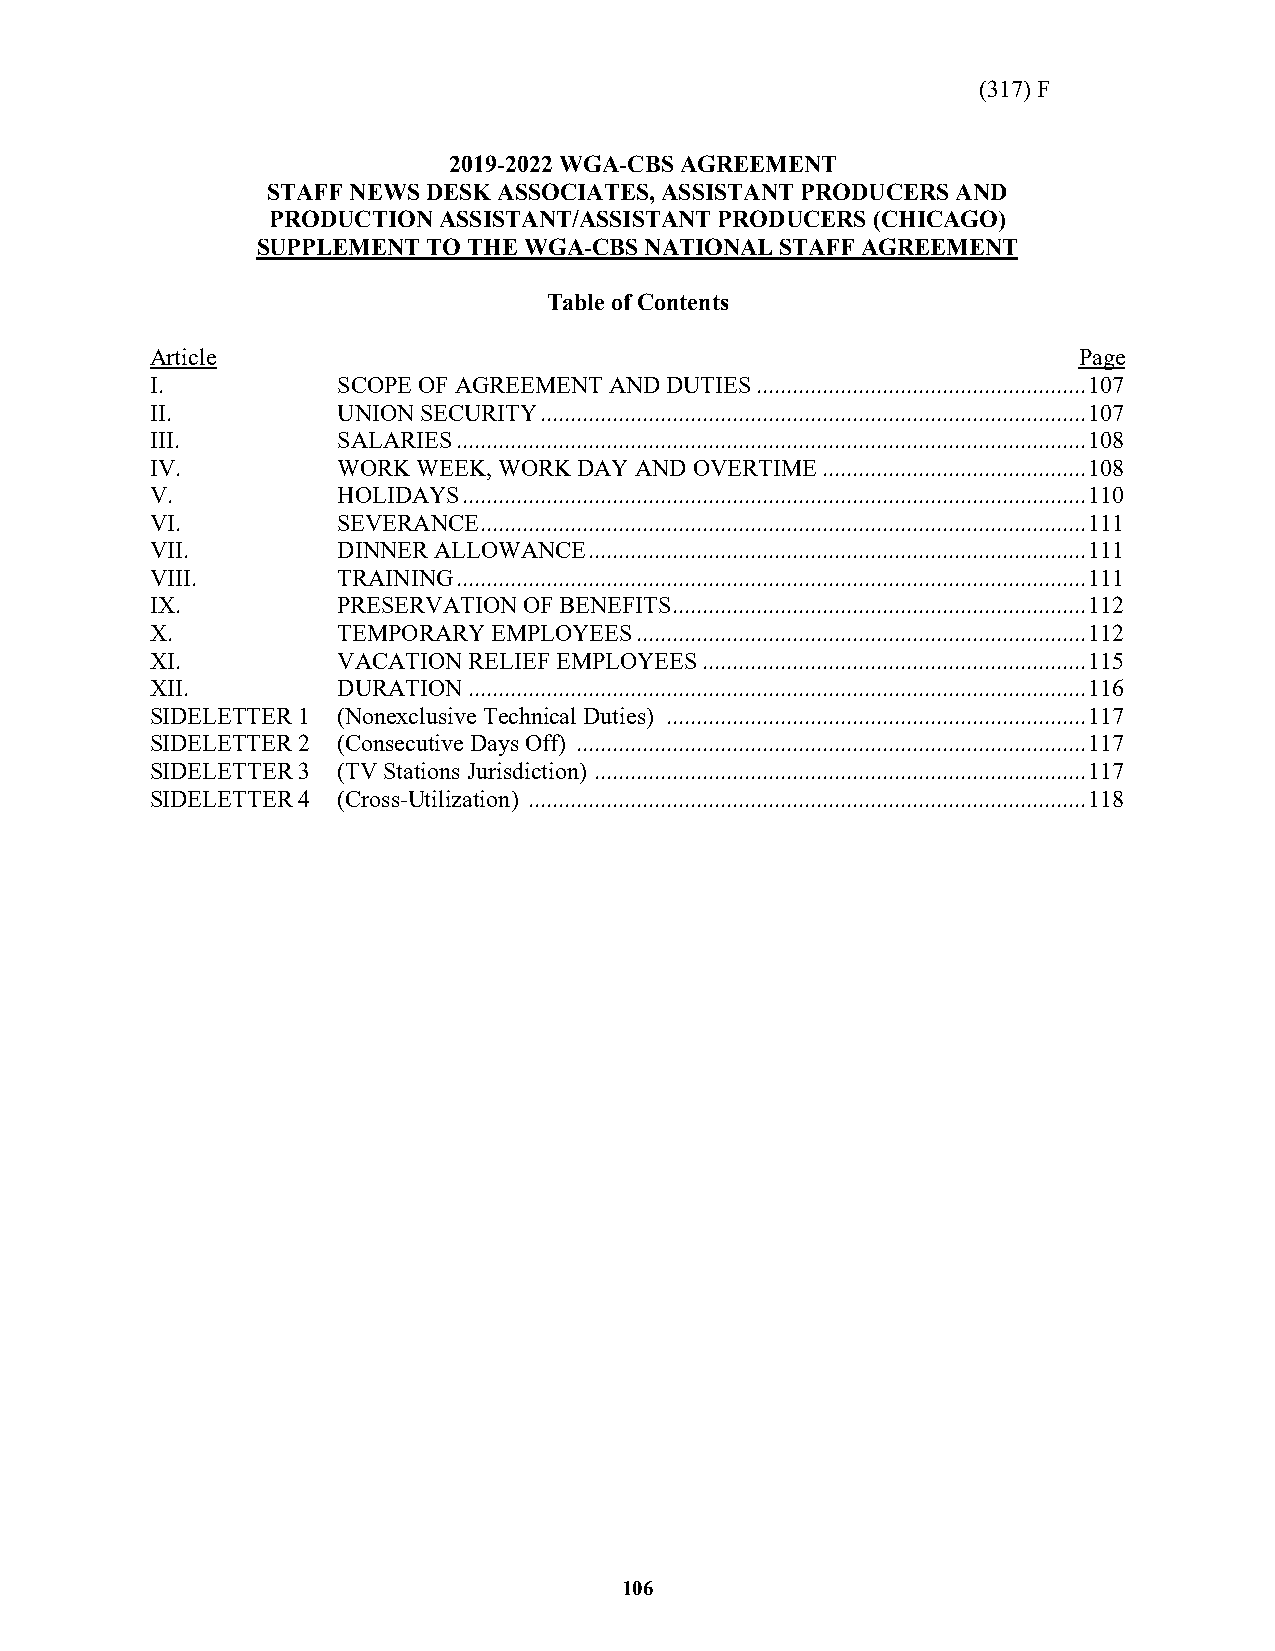
(317) F
 2019-2022 WGA-CBS AGREEMENT
 STAFF NEWS DESK ASSOCIATES, ASSISTANT PRODUCERS AND
 PRODUCTION ASSISTANT/ASSISTANT PRODUCERS (CHICAGO)
 SUPPLEMENT TO THE WGA-CBS NATIONAL STAFF AGREEMENT
 Table of Contents
 Article                                                      Page
 I.          SCOPE OF AGREEMENT AND DUTIES ....................................................... 107
 II.         UNION SECURITY ........................................................................................... 107
 III.        SALARIES ......................................................................................................... 108
 IV.         WORK  WEEK, WORK DAY AND OVERTIME ............................................ 108
 V.          HOLIDAYS ........................................................................................................ 110
 VI.         SEVERANCE ..................................................................................................... 111
 VII.        DINNER ALLOWANCE ................................................................................... 111
 VIII.       TRAINING ......................................................................................................... 111
 IX.         PRESERVATION OF BENEFITS ..................................................................... 112
 X.          TEMPORARY  EMPLOYEES ........................................................................... 112
 XI.         VACATION RELIEF EMPLOYEES ................................................................ 115
 XII.        DURATION ....................................................................................................... 116
 SIDELETTER 1 (Nonexclusive Technical Duties) ...................................................................... 117
 SIDELETTER 2 (Consecutive Days Off) ..................................................................................... 117
 SIDELETTER 3 (TV Stations Jurisdiction) .................................................................................. 117
 SIDELETTER 4 (Cross-Utilization) ............................................................................................. 118
 106